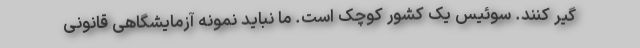
گیر کنند. سوئیس یک کشور کوچک است. ما نباید نمونه آزمایشگاهی قانونی